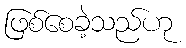
ဖြစ်စေခဲ့သည်ဟု